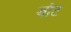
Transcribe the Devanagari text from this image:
बाॅट